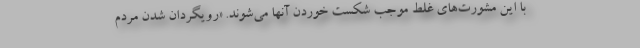
با این مشورت‌های غلط موجب شکست خوردن آنها می‌شوند. «رویگردان شدن مردم